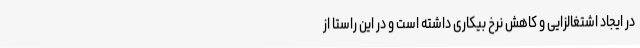
در ایجاد اشتغالزایی و کاهش نرخ بیکاری داشته است و در این راستا از